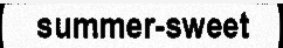
summer-sweet